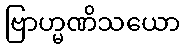
ဗြာဟ္မဏိသယော